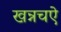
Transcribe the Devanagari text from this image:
खन्नचऐ